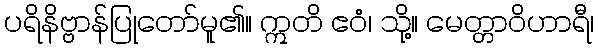
ပရိနိဗ္ဗာန်ပြုတော်မူ၏။ ဣတိ ဧဝံ၊ သို့။ မေတ္တာဝိဟာရီ၊